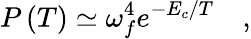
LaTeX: P\left(T\right)\simeq\omega_{f}^{4}e^{-E_{c}/T}\quad,